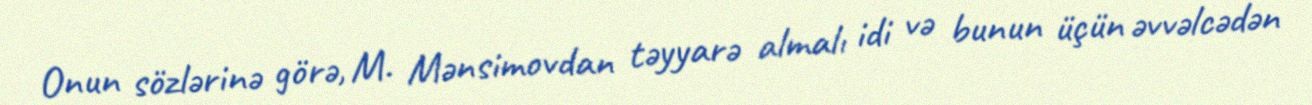
Onun sözlərinə görə, M. Mənsimovdan təyyarə almalı idi və bunun üçün əvvəlcədən